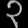
Digit: ၃